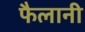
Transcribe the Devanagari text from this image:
फैलानी